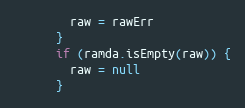
Language: JavaScript
        raw = rawErr
      }
      if (ramda.isEmpty(raw)) {
        raw = null
      }